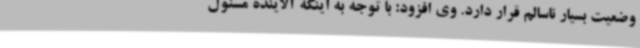
وضعیت بسیار ناسالم قرار دارد. وی افزود: با توجه به اینکه آلاینده مسئول